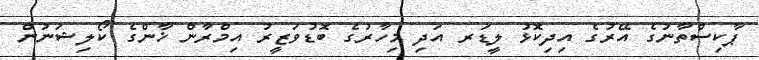
ޕާކިސްތާނުގެ އޭރުގެ އިދިކޮޅު ލީޑަރ އަދި މިހާރުގެ ބޮޑުވަޒީރު އިމްރާން ޚާންގެ ކޯލިޝަނުން